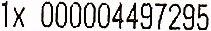
1X 000004497295